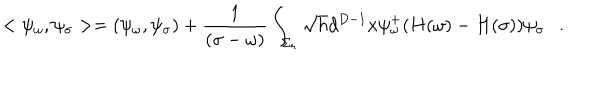
LaTeX: < \psi _ { \omega } , \psi _ { \sigma } > = ( \psi _ { \omega } , \psi _ { \sigma } ) + { \frac { 1 } { ( \sigma - \omega ) } } \int _ { \Sigma _ { r } } \sqrt { h } d ^ { D - 1 } x \psi _ { \omega } ^ { + } ( H ( \omega ) - H ( \sigma ) ) \psi _ { \sigma } .